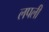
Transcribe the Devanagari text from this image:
लपली